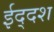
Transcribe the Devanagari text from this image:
ईद्दश